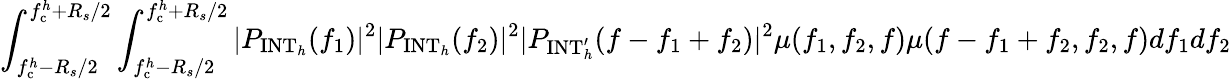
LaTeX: \int_{f_{\mathrm{c}}^{h}-R_{s}/2}^{f_{\mathrm{c}}^{h}+R_{s}/2}\int_{f_{\mathrm{c}}^{h}-R_{s}/2}^{f_{\mathrm{c}}^{h}+R_{s}/2}|P_{\mathrm{INT}_{h}}(f_{1})|^{2}|P_{\mathrm{INT}_{h}}(f_{2})|^{2}|P_{\mathrm{INT}_{h}^{\prime}}(f-f_{1}+f_{2})|^{2}\mu(f_{1},f_{2},f)\mu(f-f_{1}+f_{2},f_{2},f)df_{1}df_{2}